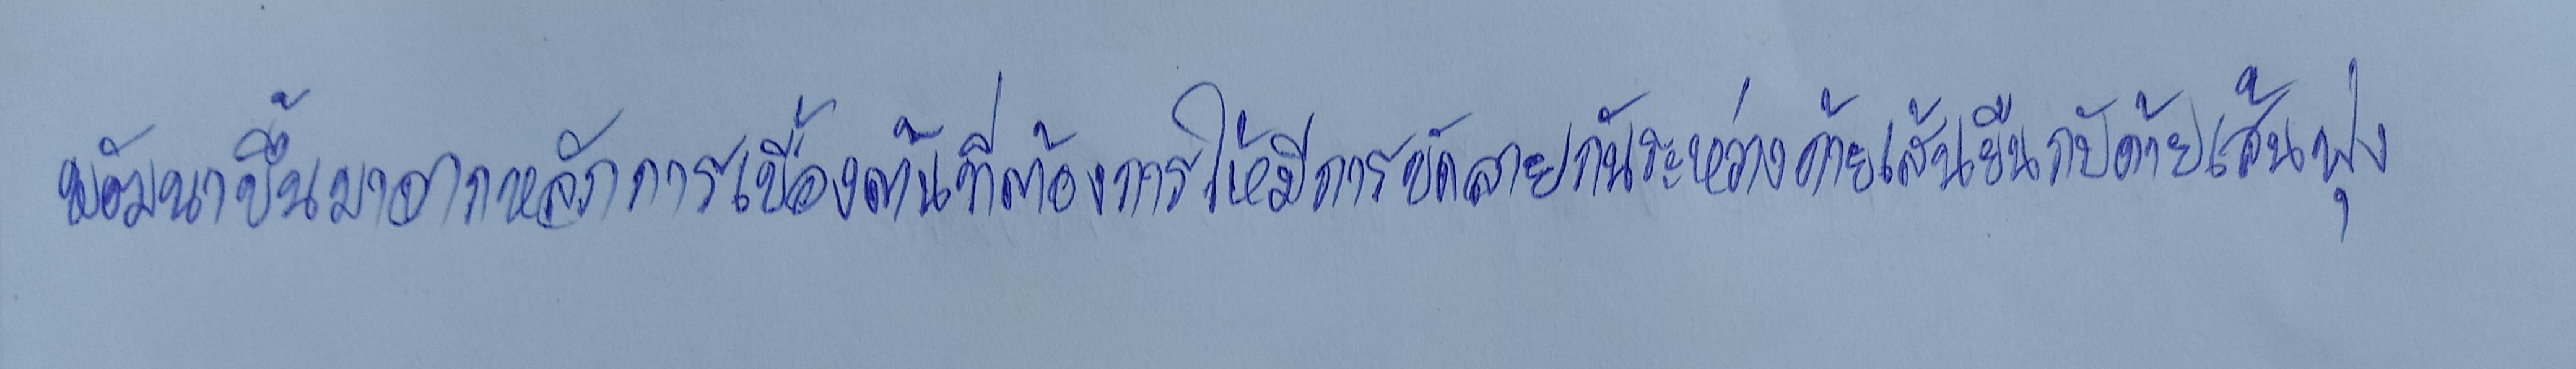
พัฒนาขึ้นมาจากหลักการเบื้องต้นที่ต้องการให้มีการขัดลายกันระหว่างด้ายเส้นยืนกับด้ายเส้นพุ่ง